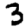
Digit: 3